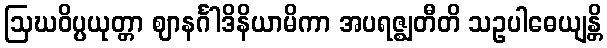
ဩဃဝိပ္ပယုတ္တာ ဈာနင်္ဂါဒိနိယာမိကာ အပရဇ္ဈတီတိ သဥပါဓေယျန္တိ